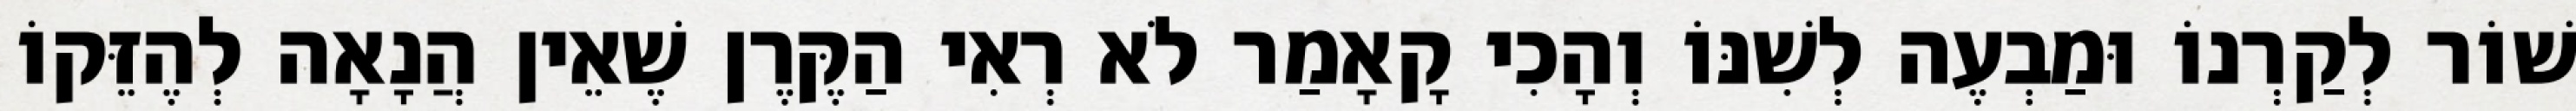
שׁוֹר לְקַרְנוֹ וּמַבְעֶה לְשִׁנּוֹ וְהָכִי קָאָמַר לֹא רְאִי הַקֶּרֶן שֶׁאֵין הֲנָאָה לְהֶזֵּקוֹ